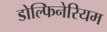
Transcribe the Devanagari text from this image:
डोल्फिनेरियम